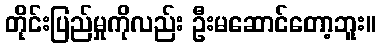
တိုင်းပြည်မှုကိုလည်း ဦးမဆောင်တော့ဘူး။